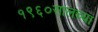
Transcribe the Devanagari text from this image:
१९६०सालच्या